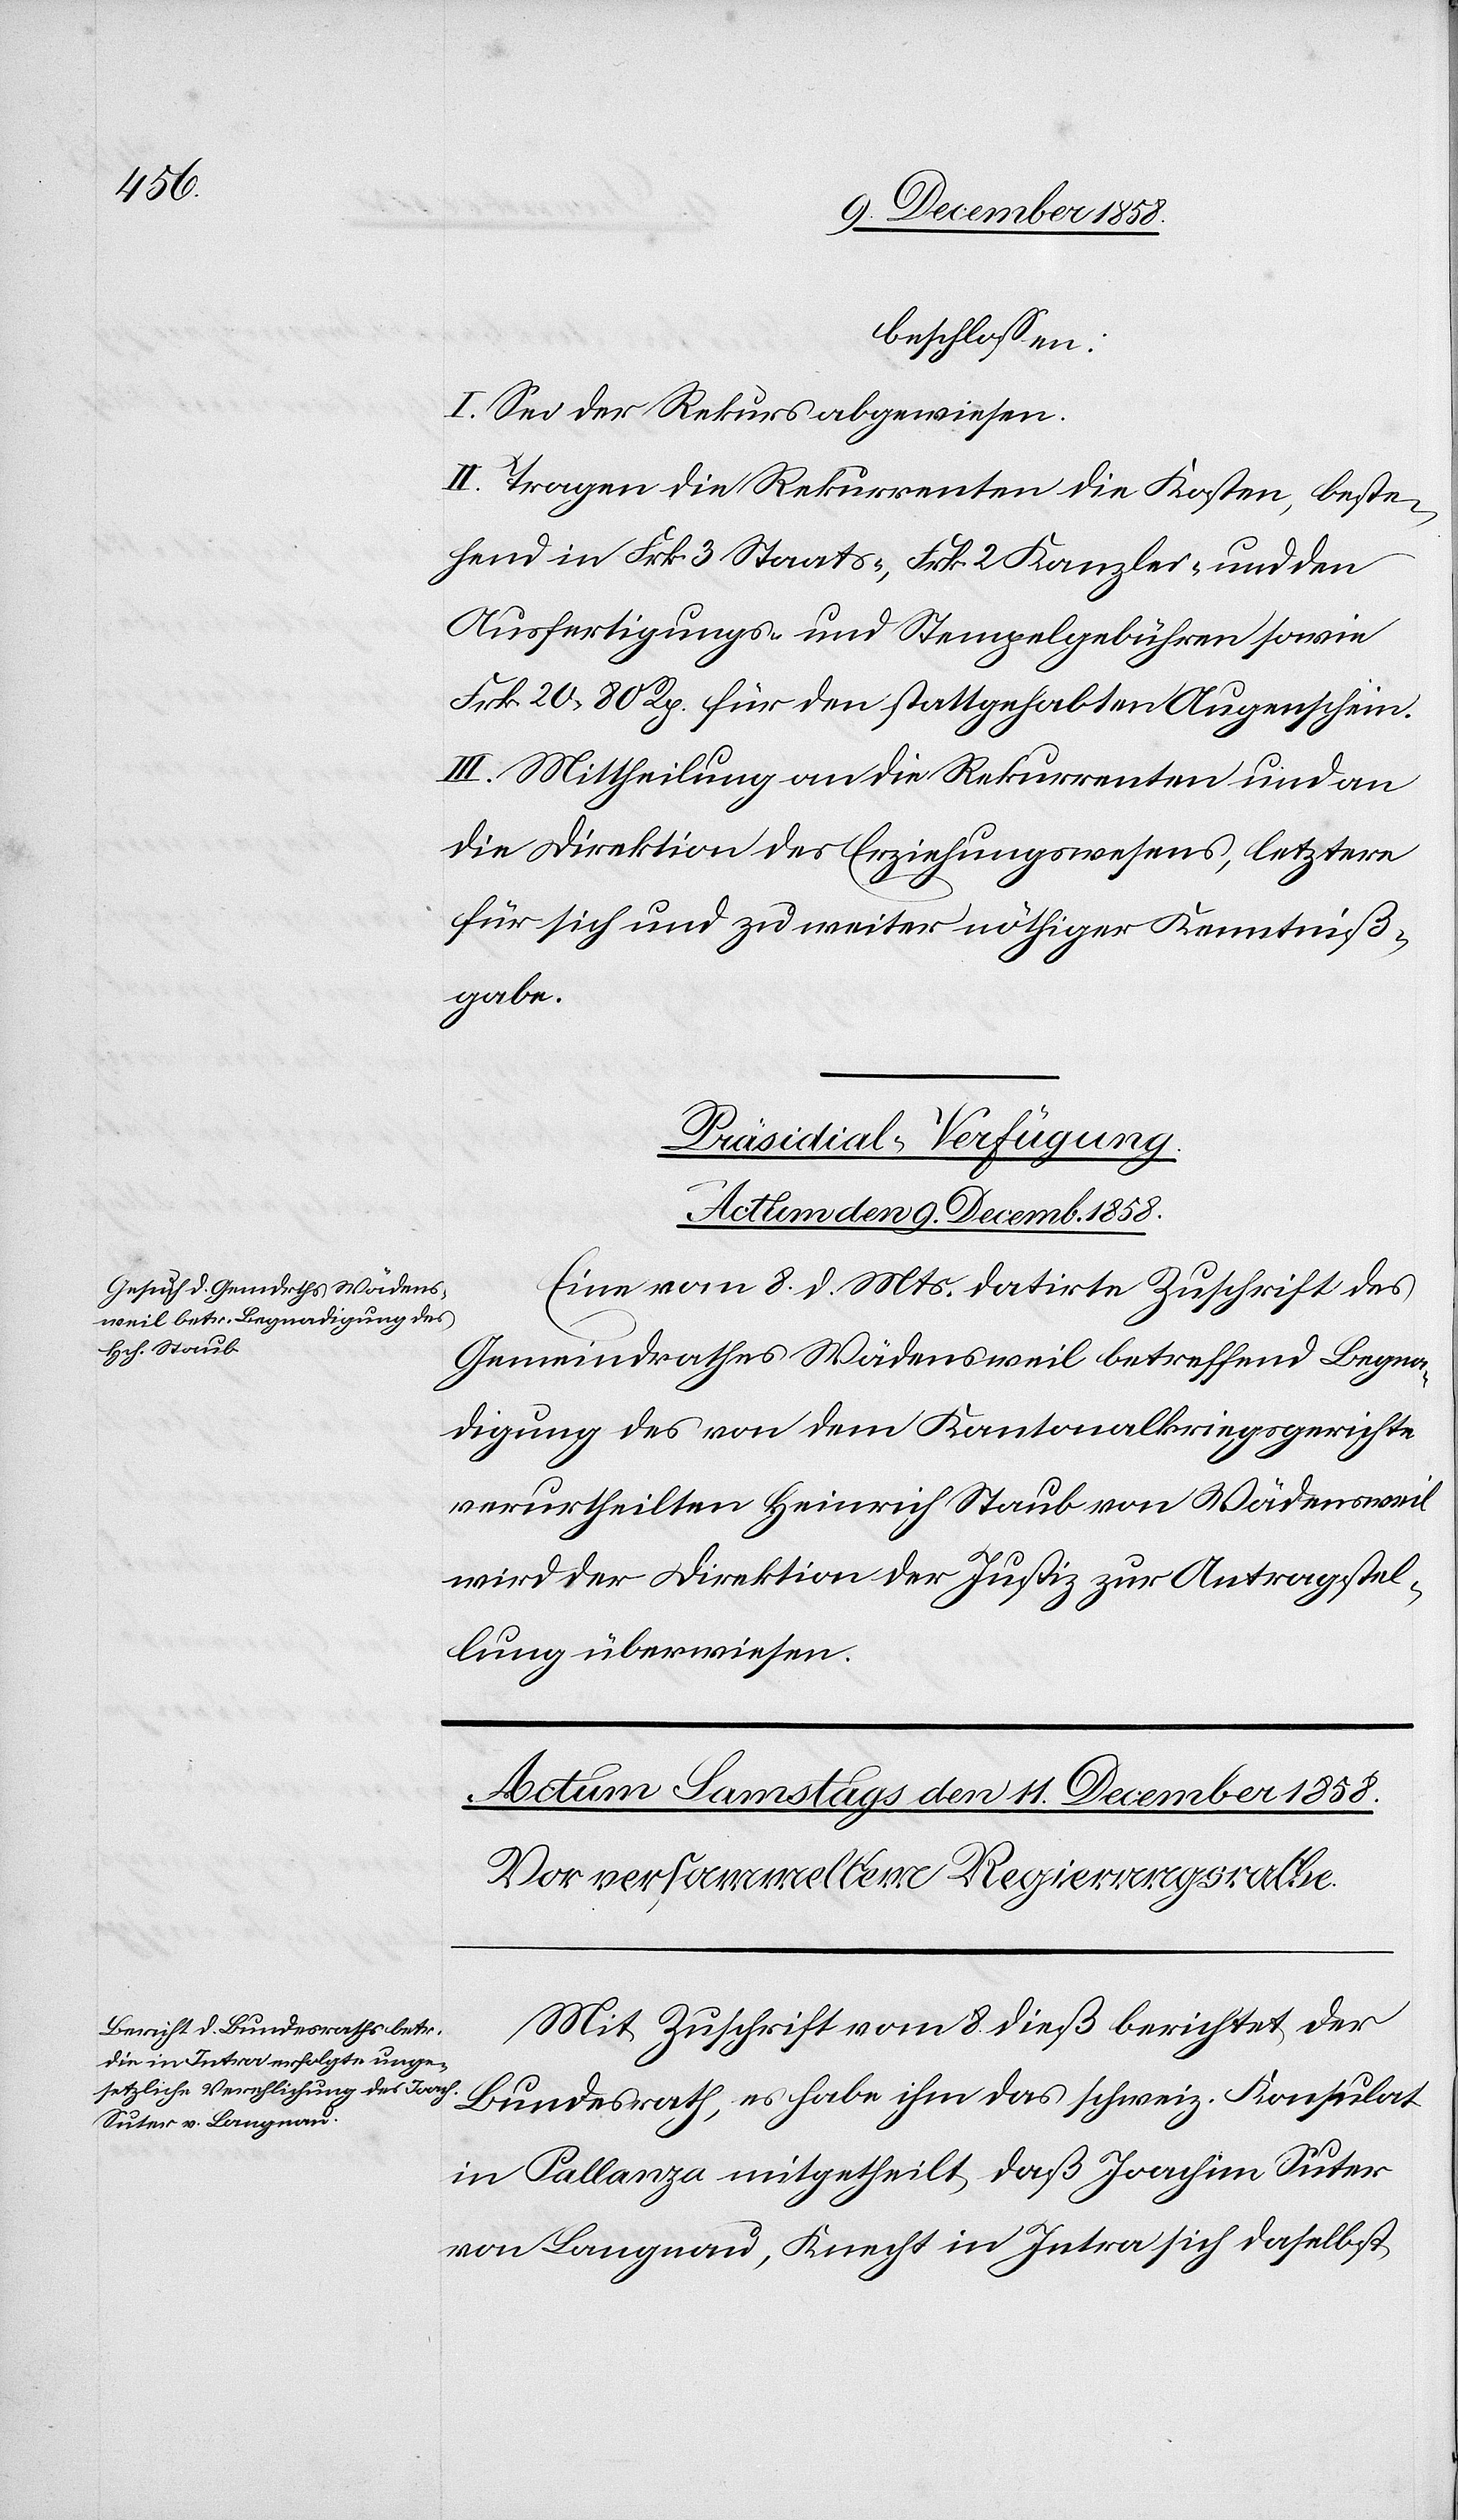
beschlossen:
I. Sei der Rekurs abgewiesen.
II. Tragen die Rekurrenten die Kosten, beste¬
hend in Frk. 3 Staats-, Frk. 2 Kanzlei- und den
Ausfertigungs- und Stempelgebühren sowie
Frk. 20 80 Rp. für den stattgehabten Augenschein.
III. Mittheilung an die Rekurrenten und an
die Direktion des Erziehungswesens, letztere
für sich und zu weiter nöthiger Kenntniß¬
gabe.
Präsidial-Verfügung.
Actum den 9. Decemb. 1858.
Eine vom 8. d. Mts. datirte Zuschrift des
Gemeindrathes Wädensweil betreffend Begna¬
digung des von dem Kantonalkriegsgerichte
verurtheilten Heinrich Staub von Wädensweil
wird der Direktion der Justiz zur Antragstel¬
lung überwiesen.
Mit Zuschrift vom 8. dieß berichtet der
Bundesrath, es habe ihm das schweiz. Konsulat
in Pallanza mitgetheilt, daß Joachim Suter
von Langnau, Knecht in Intra sich daselbst